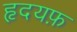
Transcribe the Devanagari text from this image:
हृदयफ़